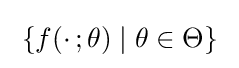
\;\{f(\cdot \,;\theta )\mid \theta \in \Theta \}\;